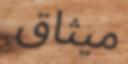
ميثاق